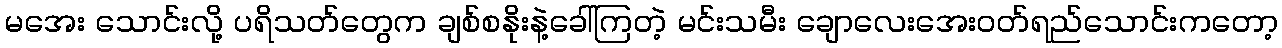
မအေး သောင်းလို့ ပရိသတ်တွေက ချစ်စနိုးနဲ့ခေါ်ကြတဲ့ မင်းသမီး ချောလေးအေးဝတ်ရည်သောင်းကတော့